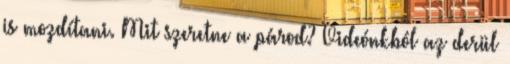
is mozdítani. Mit szeretne a párod? Videónkból az derül